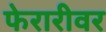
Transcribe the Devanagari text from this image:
फेरारीवर